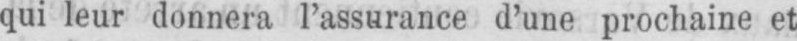
qui leur donnera l’assurance d’une prochaine et